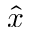
\hat { x }